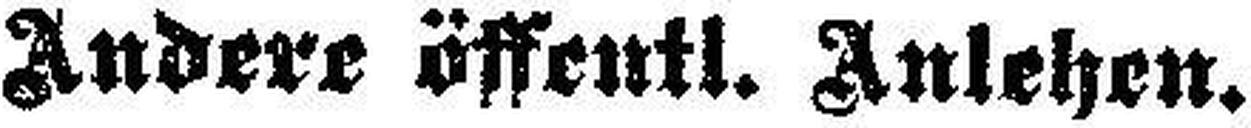
Andere öffentl. Anlehen.